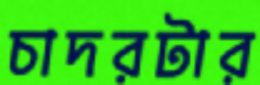
চাদরটার